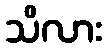
သိလား